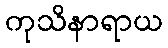
ကုသိနာရာယ